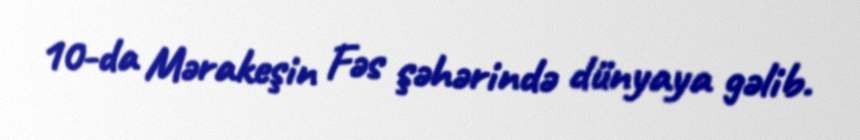
10-da Mərakeşin Fəs şəhərində dünyaya gəlib.